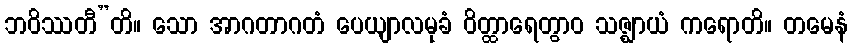
ဘဝိဿတီ”တိ။ သော အာဂတာဂတံ ပေယျာလမုခံ ဝိတ္ထာရေတွာဝ သဇ္ဈာယံ ကရောတိ။ တမေနံ